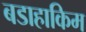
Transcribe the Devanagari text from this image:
बडाहाकिम